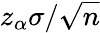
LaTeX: z_{\alpha}\sigma/{\sqrt{n}}